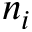
n _ { i }